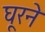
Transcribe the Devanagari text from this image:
घूरने